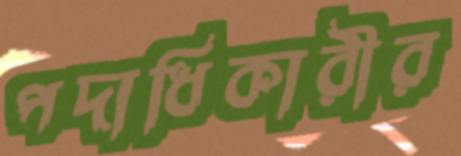
পদাধিকারীর